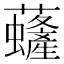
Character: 虄